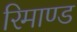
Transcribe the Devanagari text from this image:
रिमाण्ड